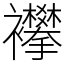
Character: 襻